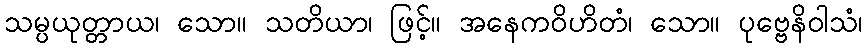
သမ္ပယုတ္တာယ၊ သော။ သတိယာ၊ ဖြင့်။ အနေကဝိဟိတံ၊ သော။ ပုဗ္ဗေနိဝါသံ၊